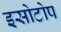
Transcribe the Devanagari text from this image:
इसोटोप